Indian journal of veterinary science and animal husbandry - Volume 9,
Year: 1939
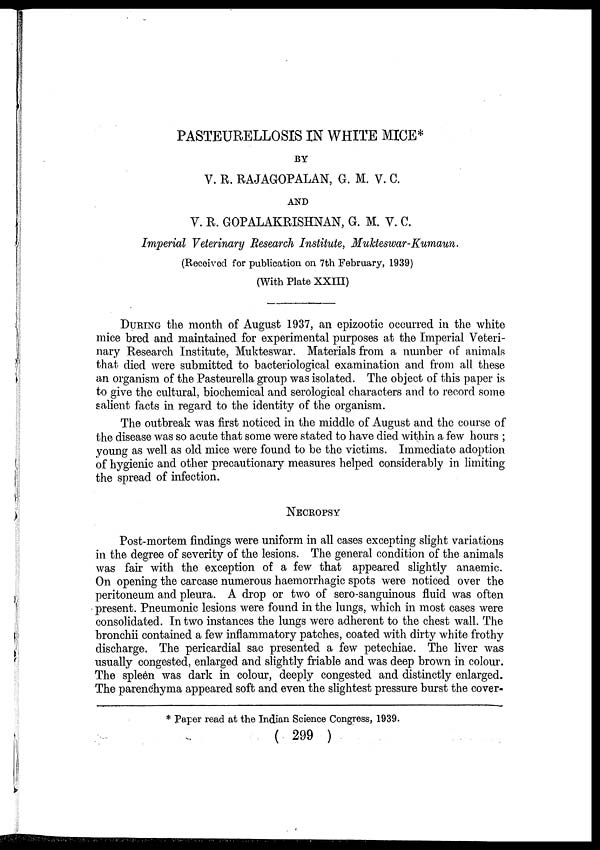
PASTEURELLOSIS IN WHITE MICE*
BY
V. R. RAJAGOPALAN, G. M. V. C.
AND
V. R. GOPALAKRISHNAN, G. M. V. C.
Imperial Veterinary Research Institute, Mukteswar-Kumaun.
(Received for publication on 7th February, 1939)
(With Plate XXIII)
DURING the month of August 1937, an epizootic occurred in the white
mice bred and maintained for experimental purposes at the Imperial Veteri-
nary Research Institute, Mukteswar. Materials from a number of animals
that died were submitted to bacteriological examination and from all these
an organism of the Pasteurella group was isolated. The object of this paper is
to give the cultural, biochemical and serological characters and to record some
salient facts in regard to the identity of the organism.
The outbreak was first noticed in the middle of August and the course of
the disease was so acute that some were stated to have died within a few hours ;
young as well as old mice were found to be the victims. Immediate adoption
of hygienic and other precautionary measures helped considerably in limiting
the spread of infection.
NECROPSY
Post-mortem findings were uniform in all cases excepting slight variations
in the degree of severity of the lesions. The general condition of the animals
was fair with the exception of a few that appeared slightly anaemic.
On opening the carcase numerous haemorrhagic spots were noticed over the
peritoneum and pleura. A drop or two of sero-sanguinous fluid was often
present. Pneumonic lesions were found in the lungs, which in most cases were
consolidated. In two instances the lungs were adherent to the chest wall. The
bronchii contained a few inflammatory patches, coated with dirty white frothy
discharge. The pericardial sac presented a few petechiae. The liver was
usually congested, enlarged and slightly friable and was deep brown in colour.
The spleen was dark in colour, deeply congested and distinctly enlarged.
The parenchyma appeared soft and even the slightest pressure burst the cover-
* Paper read at the Indian Science Congress, 1939.
( 299 )